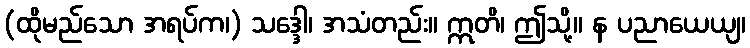
(ထိုမည်သော အရပ်က၊) သဒ္ဒေါ၊ အသံတည်း။ ဣတိ၊ ဤသို့။ န ပညာယေယျ၊